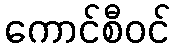
ကောင်စီဝင်